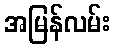
အမြန်လမ်း